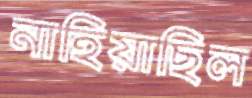
নাহিয়াছিল